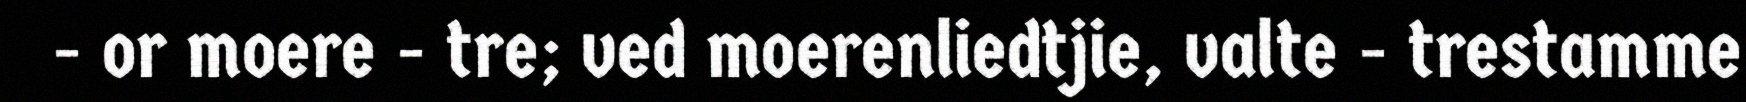
- or moere - tre; ved moerenliedtjie, valte - trestamme